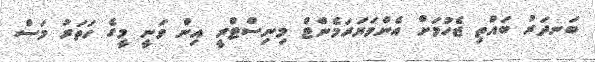
ބަނދަރު ބައްތި ޖެހުމަށް އެންވަޔަރަމެންޓް މިނިސްޓްރީ އިން ވަނީ މީގެ ހަތަރު މަސް